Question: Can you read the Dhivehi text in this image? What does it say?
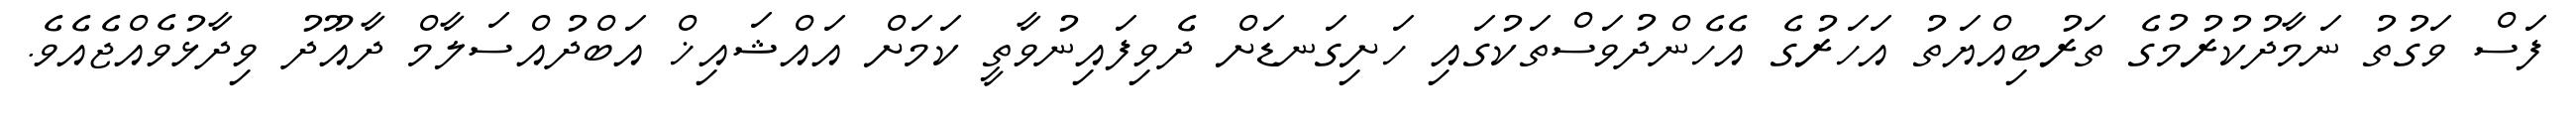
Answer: ފަސް ވަގުތު ނަމާދުކުރުމުގެ ތަރުބިއްޔަތު އަހަރުގެ އެހެންދުވަސްތަކުގައި ހަށިގަނޑަށް ދެވިފައިނުވާތީ ކަމަށް އައްޝައިޚް އަބްދުއްސަލާމް ދާއޫދު ވިދާޅުވެއްޖެއެވެ.